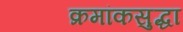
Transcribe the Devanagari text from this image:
क्रमांकसुद्धा